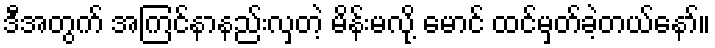
ဒီအတွက် အကြင်နာနည်းလှတဲ့ မိန်းမလို့ မောင် ထင်မှတ်ခဲ့တယ်နော်။